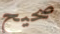
صحيح